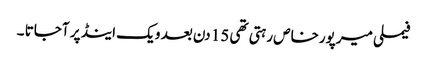
فیملی میرپورخاص رہتی تھی 15 دن بعد ویک اینڈ پر آجاتا ۔